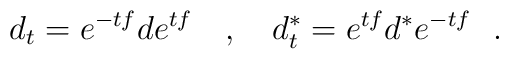
d_t = e^{-tf} d e^{tf} \quad , \quad d^{\ast} _t= e^{tf} d^{\ast} e^{-tf}\ \ .